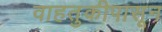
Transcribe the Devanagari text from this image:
वाहतुकीपासून